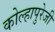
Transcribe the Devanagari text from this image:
कोल्हापुरेजी